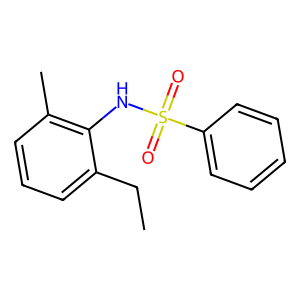
SMILES: CCc1cccc(C)c1NS(=O)(=O)c1ccccc1
Inhibits HIV replication: No